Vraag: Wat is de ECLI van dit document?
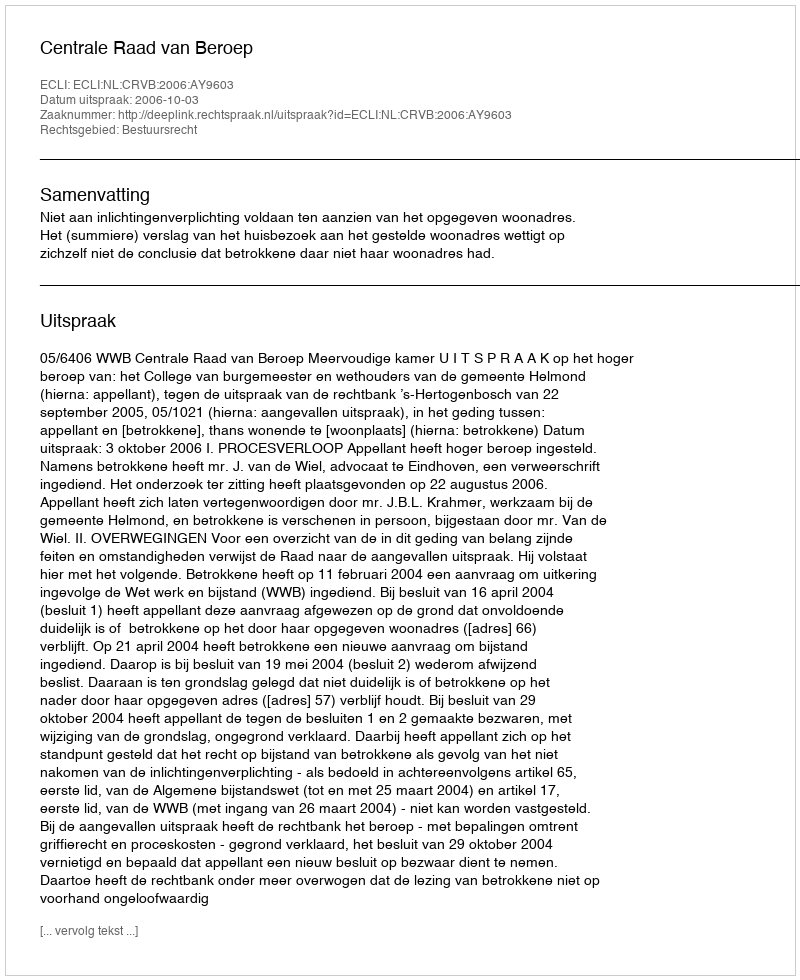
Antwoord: ECLI:NL:CRVB:2006:AY9603